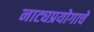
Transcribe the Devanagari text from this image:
नाट्यप्रयोगाचे